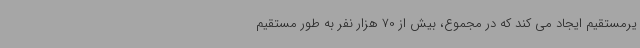
یرمستقیم ایجاد می کند که در مجموع، بیش از 70 هزار نفر به طور مستقیم